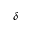
\delta